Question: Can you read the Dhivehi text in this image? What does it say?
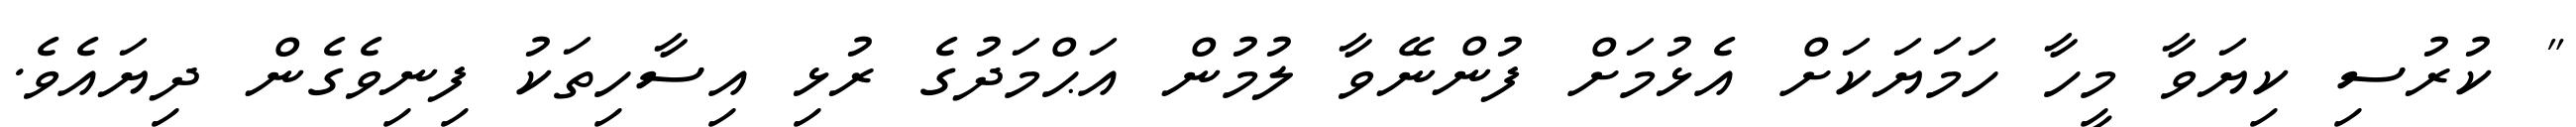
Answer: " ކުރުސި ކިޔަވާ މީހާ ހަމަޔަކަށް އެޅުމަށް ފުންނޭވާ ލުމުން އަޙްމަދުގެ ރުޅި އިސާހިތަކު ފިނިވެގެން ދިޔައެވެ.